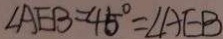
\angle A E B = 4 5 ^ { \circ } = \angle A E B